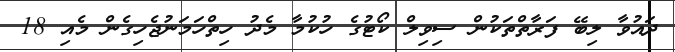
ދައުވާ ލިބޭ ފަރާތްތަކުން ސިވިލް ކޯޓުގެ ހުކުމާ މެދު ހިތްހަމަނުޖެހިގެން މެއި 18